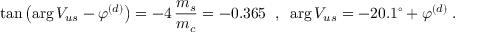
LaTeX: \tan \left( \arg V _ { u s } - \varphi ^ { ( d ) } \right) = - 4 \, \frac { m _ { s } } { m _ { c } } = - 0 . 3 6 5 \; \; , \; \; \arg V _ { u s } = - 2 0 . 1 ^ { \circ } + \varphi ^ { ( d ) } \; .